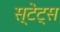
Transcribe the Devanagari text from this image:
स्टेट्‍स